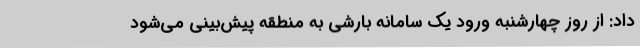
داد: از روز چهارشنبه ورود یک سامانه بارشی به منطقه پیش‌بینی می‌شود